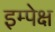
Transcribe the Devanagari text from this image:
इम्पेक्ष